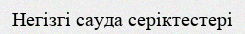
Негізгі сауда серіктестері